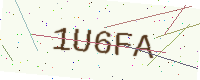
Text: 1U6FA